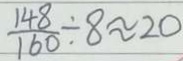
\frac { 1 4 8 } { 1 6 0 } \div 8 \approx 2 0